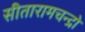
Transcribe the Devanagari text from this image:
सीतारामचन्द्रो